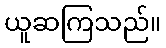
ယူဆကြသည်။